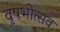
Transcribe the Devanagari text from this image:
वृषभोत्सव